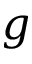
g